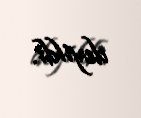
deyildi.